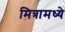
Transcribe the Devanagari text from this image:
मित्रामध्ये